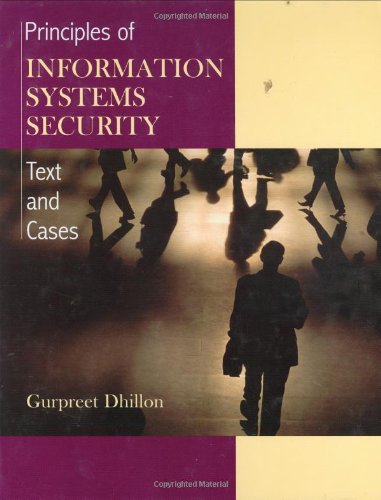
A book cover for Principles of Information Systems Security: Texts and Cases; Gurpreet Dhillon; Computers & Technology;